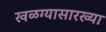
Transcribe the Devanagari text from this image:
खळग्यासारख्या